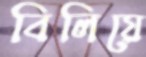
বিলিয়ে